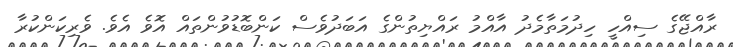
ރާއްޖޭގެ ސިއްހީ ހިދުމަތާމެދު އާއްމު ރައްޔިތުންގެ އަބަދުވެސް ކަންބޮޑުވުންތައް އޮވެ އެވެ. ވެރިކަންކުރާ